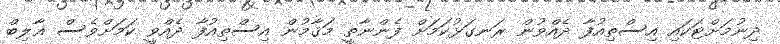
ދިނުމަށްޓަކައި އިސްތިއުފާ ދެއްވުން ރަނގަޅުކަމަށް ފެންނާތީ މަޤާމުން އިސްތިއުފާ ދެއްވީ ކަމަށްވެސް ޣާލިބް